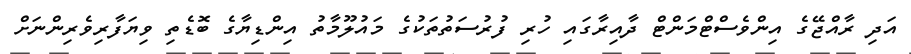
އަދި ރާއްޖޭގެ އިންވެސްޓްމަންޓް ދާއިރާގައި ހުރި ފުރުސަތުތަކުގެ މައުލޫމާތު އިންޑިޔާގެ ބޮޑެތި ވިޔަފާރިވެރިންނަށް